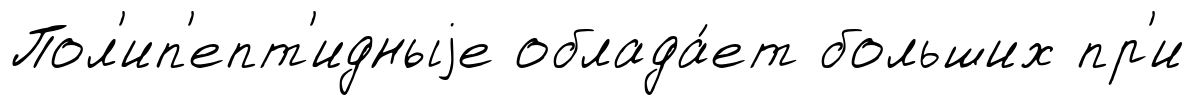
Пол'ип'епт'идныjе облада́ет больших пр'и